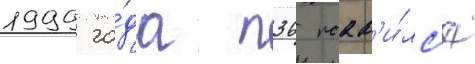
1999 го́да п36 поав'и́лс'я